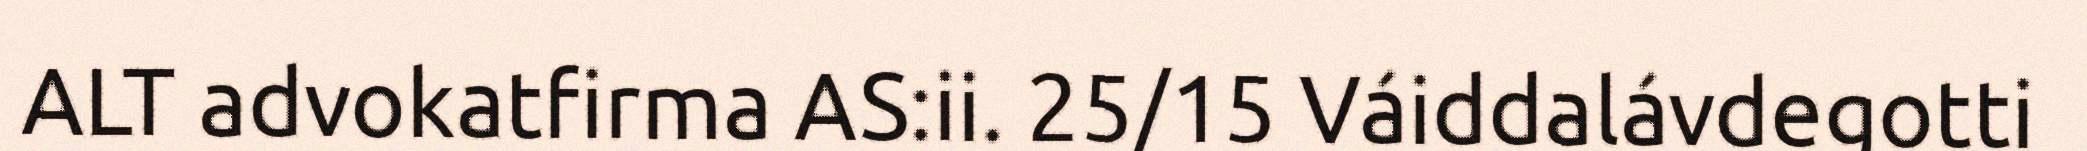
ALT advokatfirma AS:ii. 25/15 Váiddalávdegotti